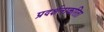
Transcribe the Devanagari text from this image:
प्रदर्शनाकरिता